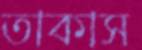
তাকাস